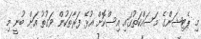
މި ޕެޓިޝަންގެ މަސައްކަތުގައި އިސްކޮށް އުޅޭ ފަރާތަކުން ވަގުތު އަށް ބުނީ މި